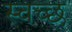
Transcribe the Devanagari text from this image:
स्चच्छ